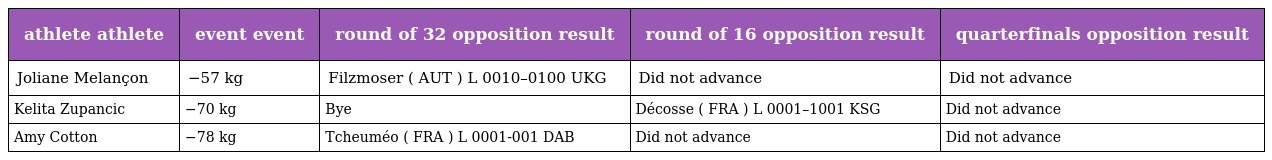
| athlete athlete | event event | round of 32 opposition result | round of 16 opposition result | quarterfinals opposition result |
 | --- | --- | --- | --- | --- |
 | Joliane Melançon | −57 kg | Filzmoser ( AUT ) L 0010–0100 UKG | Did not advance | Did not advance |
 | Kelita Zupancic | −70 kg | Bye | Décosse ( FRA ) L 0001–1001 KSG | Did not advance |
 | Amy Cotton | −78 kg | Tcheuméo ( FRA ) L 0001-001 DAB | Did not advance | Did not advance |